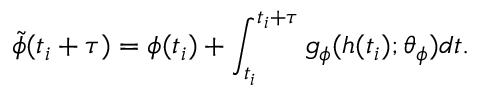
\tilde { \phi } ( t _ { i } + \tau ) = \phi ( t _ { i } ) + \int _ { t _ { i } } ^ { t _ { i } + \tau } g _ { \phi } ( h ( t _ { i } ) ; \theta _ { \phi } ) d t .